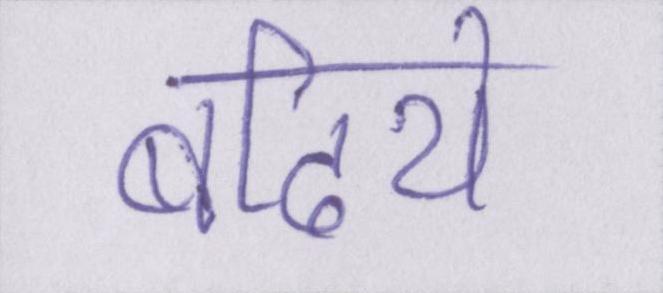
बढिये